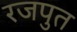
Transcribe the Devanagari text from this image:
रजपुत